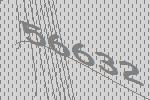
56632